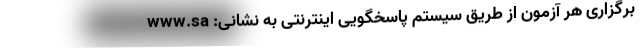
برگزاری هر آزمون از طریق سیستم پاسخگویی اینترنتی به نشانی: www.sa